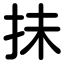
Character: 抺